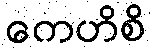
ကေဟိစိ